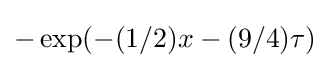
-\exp(-(1/2)x-(9/4)\tau )